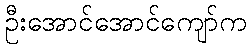
ဦးအောင်အောင်ကျော်က